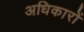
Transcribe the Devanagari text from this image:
अधिकारों